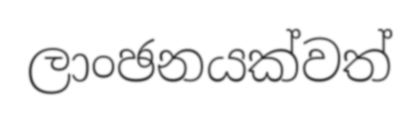
ලාංඡනයක්වත්